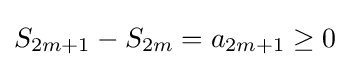
S_{2m+1}-S_{2m}=a_{2m+1}\geq 0